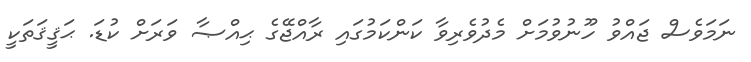
ނަމަވެސް ޖައްވު ހޫނުވުމަށް މެދުވެރިވާ ކަންކަމުގައި ރާއްޖޭގެ ޙިއްޞާ ވަރަށް ކުޑަ. ޙަޤީޤަތަކީ